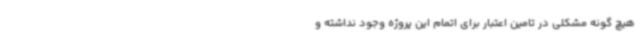
هیچ گونه مشکلی در تامین اعتبار برای اتمام این پروژه وجود نداشته و